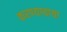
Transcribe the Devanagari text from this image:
करण्याचाया